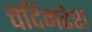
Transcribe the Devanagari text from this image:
चेदिनरेश